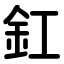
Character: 釭